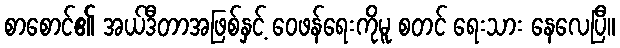
စာစောင်၏ အယ်ဒီတာအဖြစ်နှင့် ဝေဖန်ရေးကိုမူ စတင် ရေးသား နေလေပြီ။